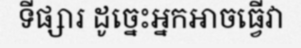
ទីផ្សារ ដូច្នេះអ្នកអាចធ្វើវា